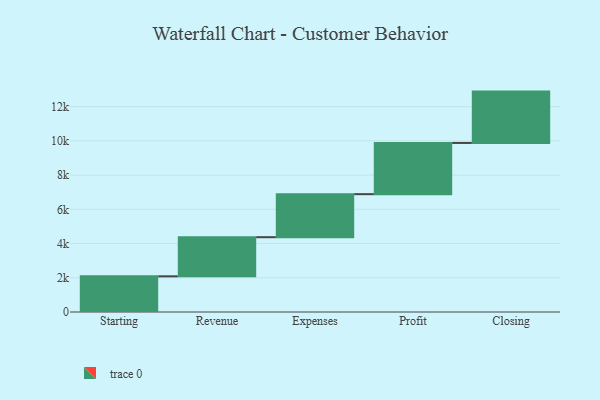
{"axis": {"x": "Step", "y": "Value"}, "legend": [""], "data": [{"x": "Starting", "y": 2084.0, "type": ""}, {"x": "Revenue", "y": 2287.0, "type": ""}, {"x": "Expenses", "y": 2515.0, "type": ""}, {"x": "Profit", "y": 2993.0, "type": ""}, {"x": "Closing", "y": 3000, "type": ""}]}